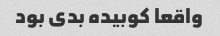
واقعا کوبیده بدی بود